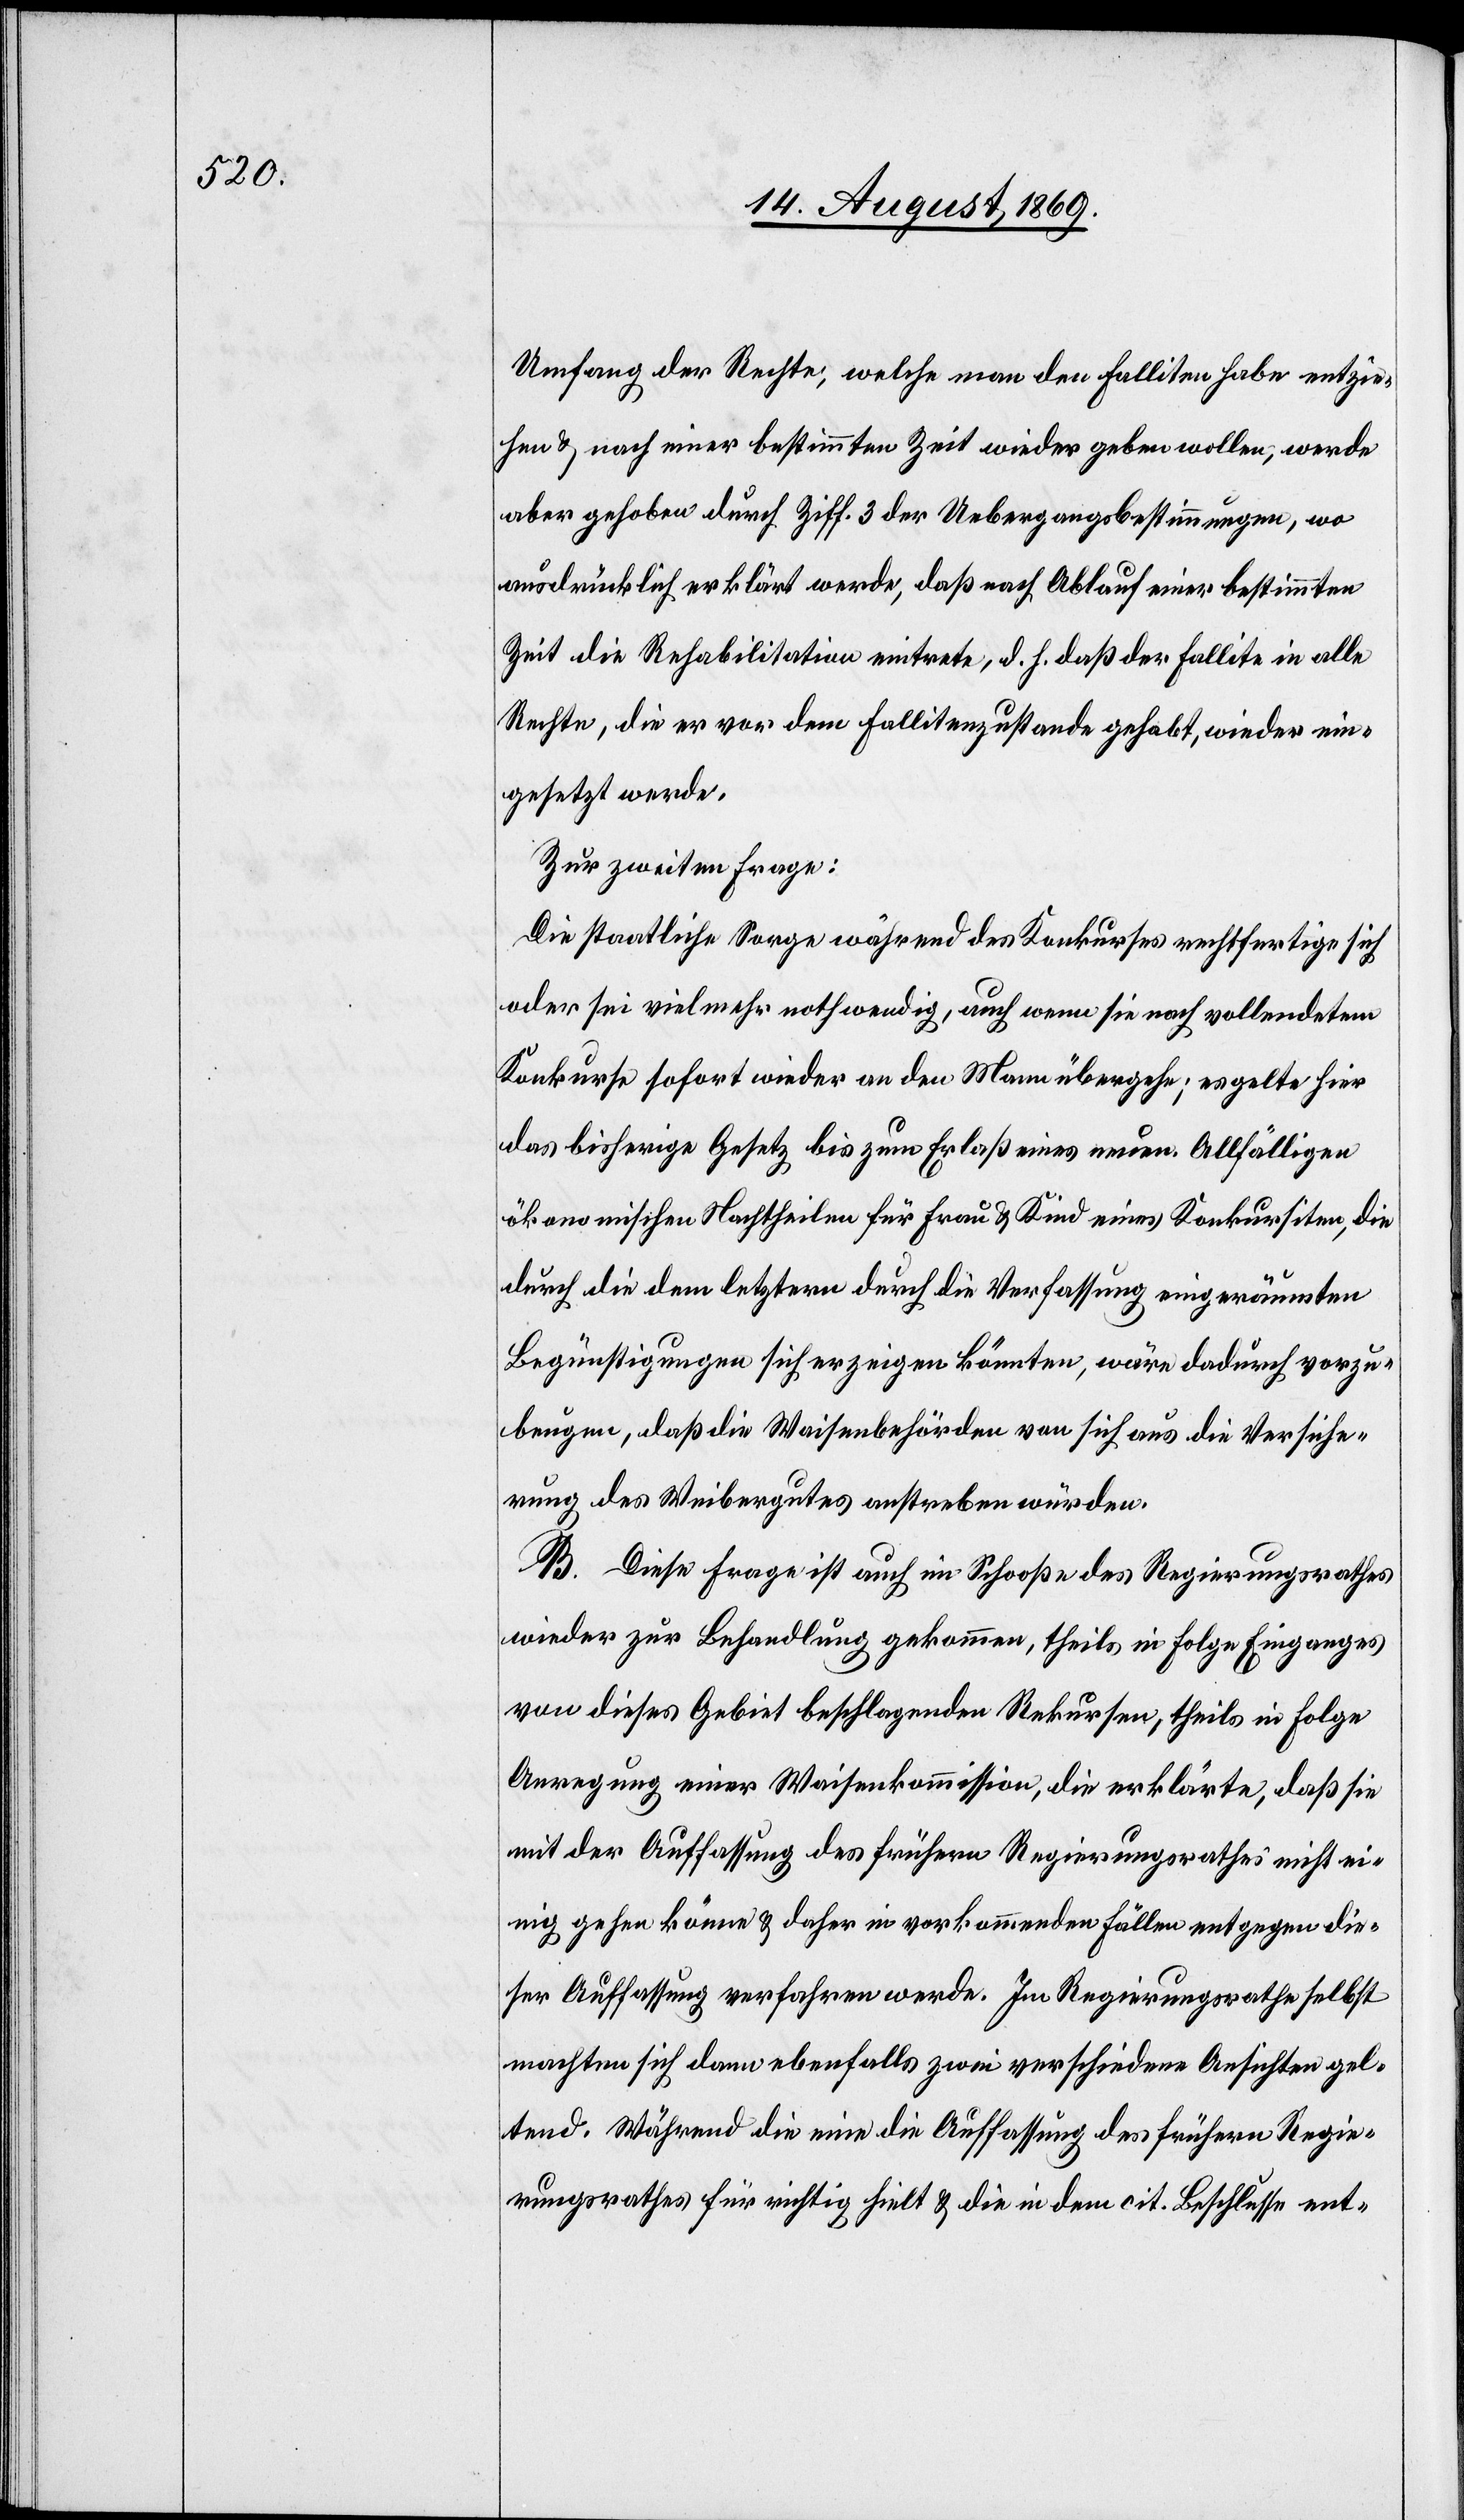
Umfang der Rechte, welche man den Falliten habe entzie¬
hen & nach einer bestimmten Zeit wieder geben wollen, werde
aber gehoben durch Ziff. 3 der Uebergangsbestimmungen, wo
ausdrücklich erklärt werde, daß nach Ablauf einer bestimmten
Zeit die Rehabilitation eintrete, d. h. daß der Fallite in alle
Rechte, die er vor dem Fallitenzustande gehabt, wieder ein¬
gesetzt werde.
Zur zweiten Frage:
Die staatliche Sorge während des Konkurses rechtfertige sich
oder sei vielmehr nothwendig, auch wenn sie nach vollendetem
Konkurse sofort wieder an den Mann übergehe; es gelte hier
das bisherige Gesetz bis zum Erlaß eines neuen. Allfälligen
ökonomischen Nachtheilen für Frau & Kind eines Konkursiten, die
durch die dem letztern durch die Verfassung eingeräumten
Begünstigungen sich erzeigen könnten, wäre dadurch vorzu¬
beugen, daß die Waisenbehörden von sich aus die Versiche¬
rung des Weibergutes anstreben würden.
B. Diese Frage ist auch im Schooße des Regierungsrathes
wieder zur Behandlung gekommen, theils in Folge Einganges
von dieses Gebiet beschlagenden Rekursen, theils in Folge
Anregung einer Waisenkommission, die erklärte, daß sie
mit der Auffassung des frühern Regierungsrathes nicht ei¬
nig gehen könne & daher in vorkommenden Fällen entgegen die¬
ser Auffassung verfahren werde. Im Regierungsrathe selbst
machten sich dann ebenfalls zwei verschiedene Ansichten gel¬
tend. Während die eine die Auffassung des frühern Regie¬
rungsrathes für richtig hielt & die in dem cit. Beschlusse ent-